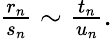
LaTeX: \begin{array}{r}{\frac{r_{n}}{s_{n}}\sim\frac{t_{n}}{u_{n}}.}\end{array}